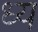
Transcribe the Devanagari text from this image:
ध्य